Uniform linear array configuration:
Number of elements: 4
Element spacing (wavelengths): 0.75
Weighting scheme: uniform
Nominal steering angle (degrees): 60
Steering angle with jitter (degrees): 61.297
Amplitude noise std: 0.05
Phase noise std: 0.05

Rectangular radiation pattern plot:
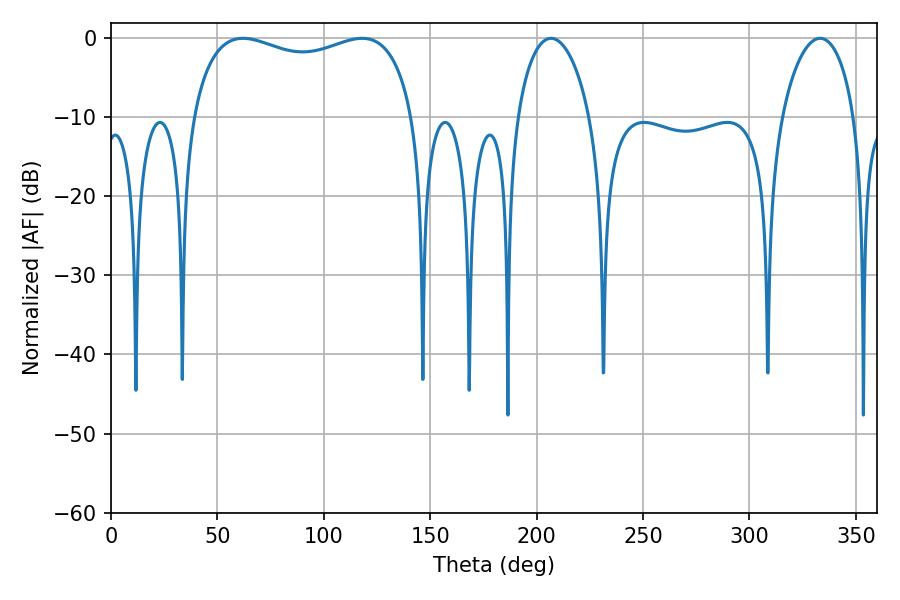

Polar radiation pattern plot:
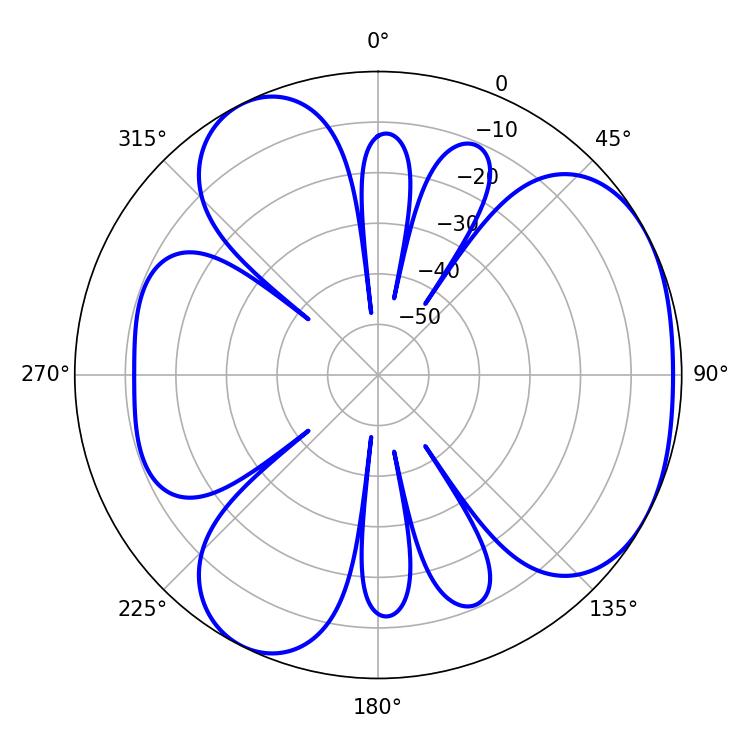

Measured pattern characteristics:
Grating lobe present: TRUE
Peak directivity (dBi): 4.02
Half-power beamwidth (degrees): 85.68
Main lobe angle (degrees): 61.92